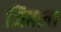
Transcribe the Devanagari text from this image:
जिबला